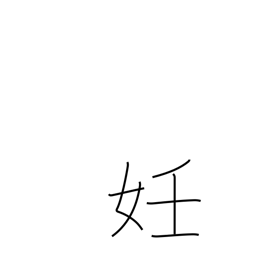
Meaning: pregnancy